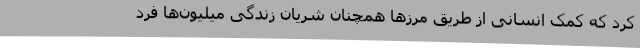
کرد که کمک انسانی از طریق مرزها همچنان شریان زندگی میلیون‌ها فرد